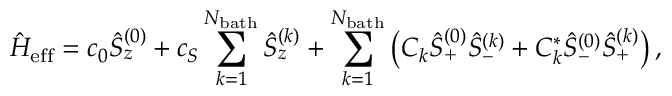
\hat { H } _ { \mathrm { e f f } } = c _ { 0 } \hat { S } _ { z } ^ { ( 0 ) } + c _ { S } \sum _ { k = 1 } ^ { N _ { \mathrm { b a t h } } } \hat { S } _ { z } ^ { ( k ) } + \sum _ { k = 1 } ^ { N _ { \mathrm { b a t h } } } \left( C _ { k } \hat { S } _ { + } ^ { ( 0 ) } \hat { S } _ { - } ^ { ( k ) } + C _ { k } ^ { * } \hat { S } _ { - } ^ { ( 0 ) } \hat { S } _ { + } ^ { ( k ) } \right) ,